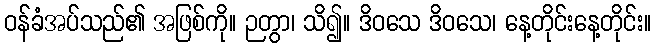
ဝန်ခံအပ်သည်၏ အဖြစ်ကို။ ဉတွာ၊ သိ၍။ ဒိဝသေ ဒိဝသေ၊ နေ့တိုင်းနေ့တိုင်း။